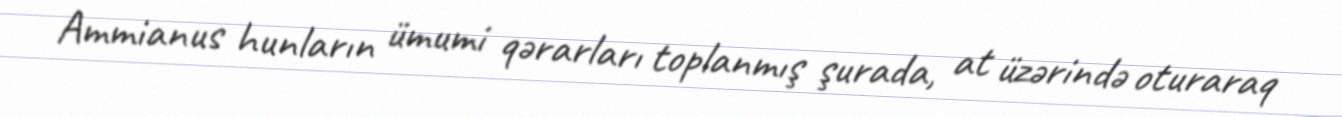
Ammianus hunların ümumi qərarları toplanmış şurada, at üzərində oturaraq